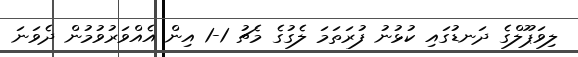
ލިވަޕޫލްގެ ދަނޑުގައި ކުޅުނު ފުރަތަމަ ލެގުގެ މެޗު 1-1 އިން އެއްވަރުވުމުން ދެވަނަ